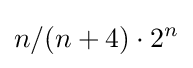
n/(n+4)\cdot 2^{n}